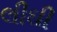
લીઘી